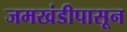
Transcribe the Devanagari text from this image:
जमखंडीपासून